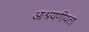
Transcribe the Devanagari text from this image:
आश्रयणीयता